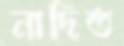
নাদিত